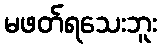
မဖတ်ရသေးဘူး